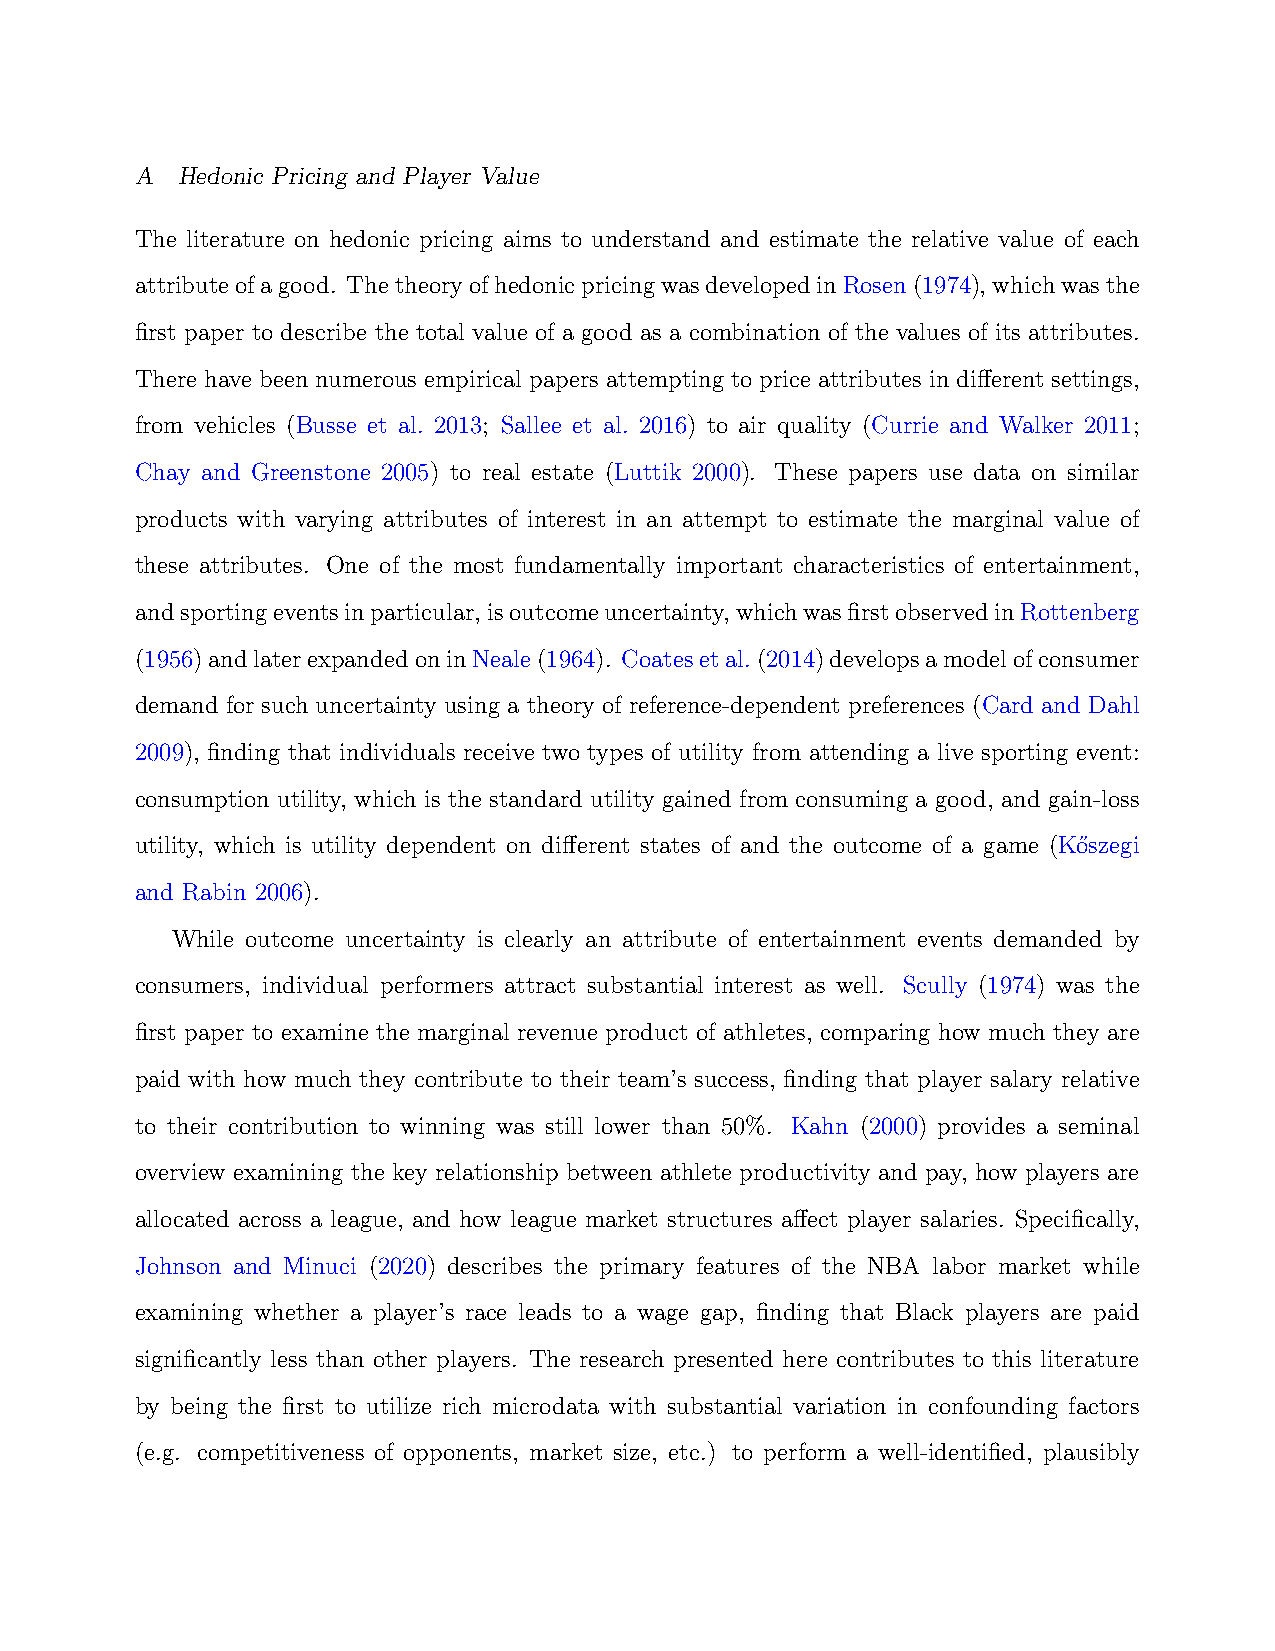
A  Hedonic Pricing and Player Value
 The literature on hedonic pricing aims to understand and estimate the relative value of each
 attributeofagood. ThetheoryofhedonicpricingwasdevelopedinRosen(1974), whichwasthe
 first paper to describe the total value of a good as a combination of the values of its attributes.
 There have been numerous empirical papers attempting to price attributes in different settings,
 from vehicles (Busse et al. 2013; Sallee et al. 2016) to air quality (Currie and Walker 2011;
 Chay and Greenstone 2005) to real estate (Luttik 2000). These papers use data on similar
 products with varying attributes of interest in an attempt to estimate the marginal value of
 these attributes. One of the most fundamentally important characteristics of entertainment,
 andsportingeventsinparticular,isoutcomeuncertainty,whichwasfirstobservedinRottenberg
 (1956)andlaterexpandedoninNeale(1964). Coatesetal.(2014)developsamodelofconsumer
 demand for such uncertainty using a theory of reference-dependent preferences (Card and Dahl
 2009), finding that individuals receive two types of utility from attending a live sporting event:
 consumption utility, which is the standard utility gained from consuming a good, and gain-loss
 utility, which is utility dependent on different states of and the outcome of a game (Ko˝szegi
 and Rabin 2006).
 While outcome uncertainty is clearly an attribute of entertainment events demanded by
 consumers, individual performers attract substantial interest as well. Scully (1974) was the
 first paper to examine the marginal revenue product of athletes, comparing how much they are
 paid with how much they contribute to their team’s success, finding that player salary relative
 to their contribution to winning was still lower than 50%. Kahn (2000) provides a seminal
 overview examining the key relationship between athlete productivity and pay, how players are
 allocated across a league, and how league market structures affect player salaries. Specifically,
 Johnson and Minuci (2020) describes the primary features of the NBA labor market while
 examining whether a player’s race leads to a wage gap, finding that Black players are paid
 significantly less than other players. The research presented here contributes to this literature
 by being the first to utilize rich microdata with substantial variation in confounding factors
 (e.g. competitiveness of opponents, market size, etc.) to perform a well-identified, plausibly